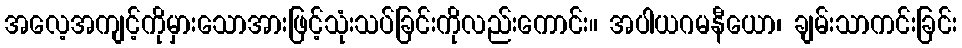
အလေ့အကျင့်ကိုမှားသောအားဖြင့်သုံးသပ်ခြင်းကိုလည်းကောင်း။ အပါယဂမနီယော၊ ချမ်းသာကင်းခြင်း